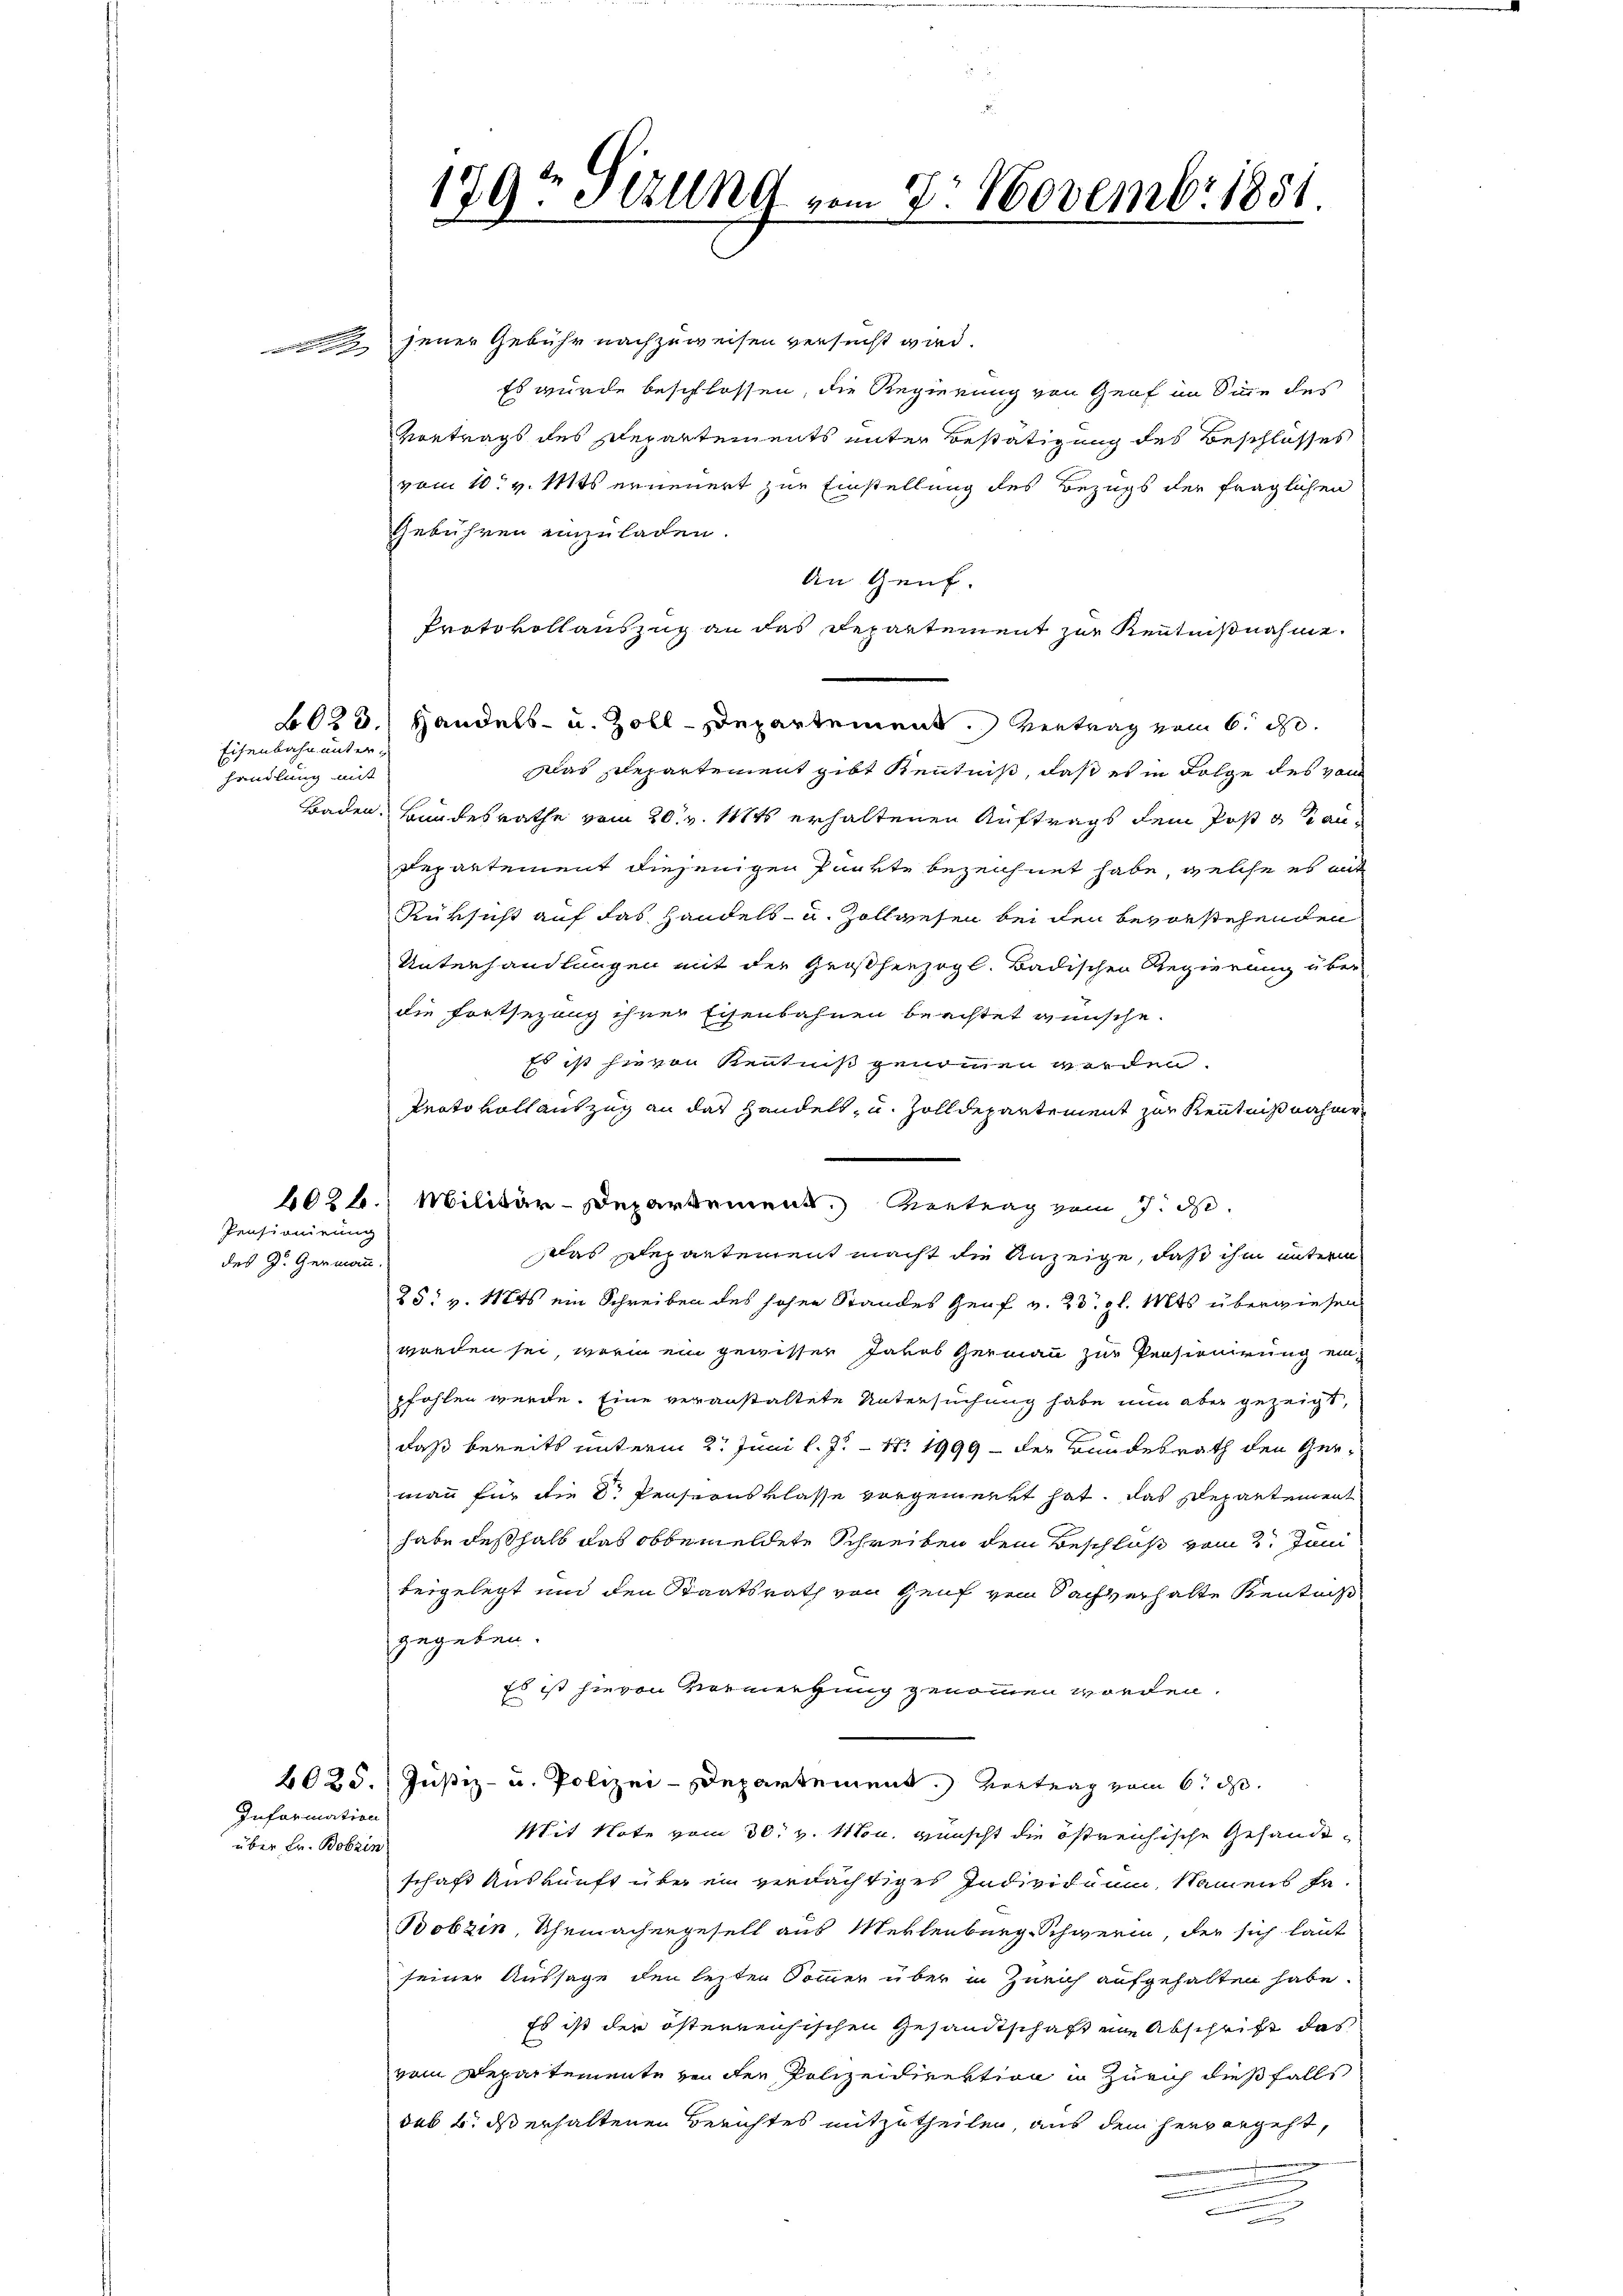
Eisenbahn unterhandlung mit

Pensionirung
des G. Germann.

jener Gebühr nachzuweisen versucht wird.
Es wurde beschlossen, die Regierung von Genf im Sinne des
Vortrags des Departements unter Bestätigung des Beschlosses
vom 10. v. Mts erneuert zur Einstellung des Bezugs der fraglichen
Gebühren einzuladen.
An Genf.
Protokollauszug an das Departement zur Kenntnißnahme.
B023.) Handels- u. Zoll-Departement. Vertrag vom 6. d.
Das Departement gibt Kenntniß, daß es in Folge des von
Baden Bundesrathe vom 20. v. Mts. erhaltenen Auftrags dem Post gan
Departement diejenigen Punkte bezeichnet habe, welche es mit
Rüksicht auf das Handels- u. Zollwesen bei den bevorstehenden
Unterhandlungen mit der Großherzogl. Badischen Regierung über
die Fortsezung ihrer Eisenbahnen beachtet wünsche.
Es ist hievon Kenntniß genommen worden.
Protokollauszug an das Handelt, u. Zolldepartement zur Kenntnißnahme
4024. Militär-Departement. Vertrag vom 7. d.
das Departement macht die Anzeige, daß ihm unterm
25. v. 118ts ein Schreiben des hohen Standes Genf v. 23. gl. Mts. überwiesen
worden sei, worin ein gewisser Jakob Germann zur Pensionirung einpfohlen werde. Eine veranstaltete Untersuchung habe nun aber gezeigt,
daß bereits unterm 2t Juni l. J. 17. 1999 der Bundesrath den Germann für die Dr. Pensionsklasse vorgemerkt hat. Das Departement
habe deßhalb das obbemeldete Schreiben dem Beschluß vom 2. Juni
beigelegt und den Staatsrath von Genf von Sachverhalte Kentniß
gegeben.
Es ist hievon Vermerkung genommen worden.
2025. Justiz- u. Polizei-Departement. Vertrag vom 6. d.
Sit Note vom 30. v. u. wünscht die östreichische Gehandeschaft Auskunft über ein verdächtiges Individuum, Namens fa
Bobzin, Uhrmachengesell aus Meklenburg-Schwerin, der sich laut
seiner Aussage den letzten Sommen über in Zürich aufgehalten habe.
Es ist der österreisischen Gesandtschaft von Abschrift das
vom Departemente von der Polizeidirektion in Zürich dießfalls
das 4. ds erhaltenen Berichtes mitzutheilen, aus dem herr angeht,
u
.

Information
über Fr. Bobzin

179t Sizung vom 2. Novembr 1851.